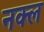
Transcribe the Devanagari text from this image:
नक्ल